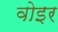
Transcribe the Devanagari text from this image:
वोइर